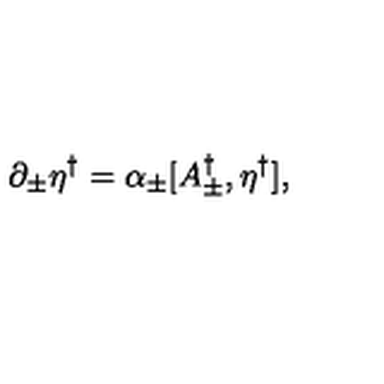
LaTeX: \partial _ { \pm } \eta ^ { \dagger } = \alpha _ { \pm } [ A _ { \pm } ^ { \dagger } , \eta ^ { \dagger } ] ,